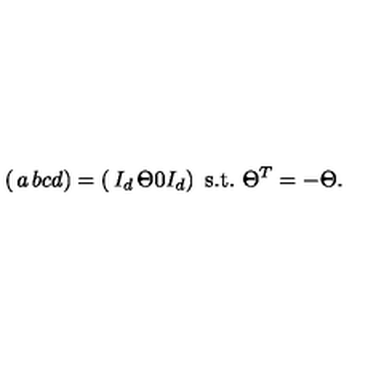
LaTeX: \left( \begin{matrix} { a } & { b } \\ { c } & { d } \\ \end{matrix} \right) = \left( \begin{matrix} { I _ { d } } & { \Theta } \\ { 0 } & { I _ { d } } \\ \end{matrix} \right) \ \mathrm { s . t . } \ \Theta ^ { T } = - \Theta .